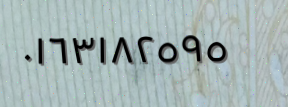
٠١٦٣١٨٢٥٩٥